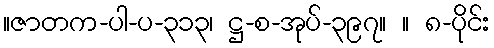
။ဇာတက-ပါ-ပ-၃၁၃၊ ဋ္ဌ-စ-အုပ်-၃၉၇။ ။ ၈-ပိုင်း